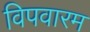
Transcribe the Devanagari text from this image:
विपवारम